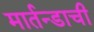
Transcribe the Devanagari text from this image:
मार्तन्डाची